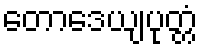
တောဒေယျပုတ္တံ